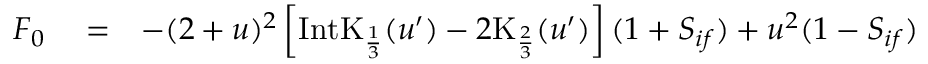
\begin{array} { r l r } { F _ { 0 } } & { { } = } & { - ( 2 + u ) ^ { 2 } \left[ \mathrm { I n t K } _ { \frac { 1 } { 3 } } ( u ^ { \prime } ) - 2 \mathrm { K } _ { \frac { 2 } { 3 } } ( u ^ { \prime } ) \right] ( 1 + { S } _ { i f } ) + u ^ { 2 } ( 1 - { S } _ { i f } ) } \end{array}